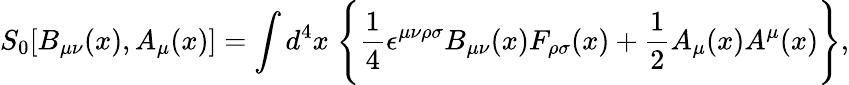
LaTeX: S_{0}[B_{\mu\nu}(x),A_{\mu}(x)]=\int d^{4}x\; \Bigg\{ \frac{1}{4}\epsilon^{\mu\nu\rho\sigma}B_{\mu\nu}(x)F_{\rho\sigma}(x)+\frac{1}{2}A_{\mu}(x)A^{\mu}(x)\Bigg\} ,